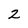
Character: 2